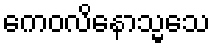
ကေဝလိနောသ္မသေ